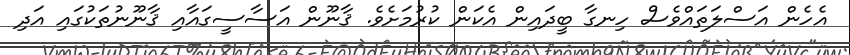
އެހެން އަސްލަތައްވެސް ހިނގާ ބީދައިން އެކަން ކުރުމަށެވެ. ޤާނޫން އަސާސީގައާއި ޤާނޫނުތަކުގައި އަދި